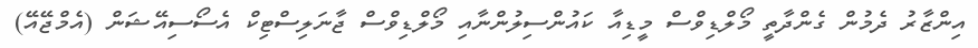
އިންޒާރު ދެމުން ގެންދާތީ މޯލްޑިވްސް މީޑިއާ ކައުންސިލުންނާއި މޯލްޑިވްސް ޖާނަލިސްޓިކް އެސޯސިއޭޝަން (އެމްޖޭއޭ)